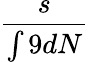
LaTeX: \frac{s}{\int 9dN}